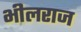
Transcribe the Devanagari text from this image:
भीलराज